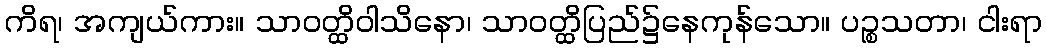
ကိရ၊ အကျယ်ကား။ သာဝတ္ထိဝါသိနော၊ သာဝတ္ထိပြည်၌နေကုန်သော။ ပဉ္စသတာ၊ ငါးရာ